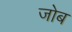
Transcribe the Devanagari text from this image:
जोब